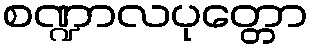
စဏ္ဍာလပုတ္တော